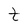
Character: t